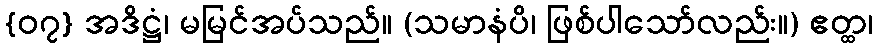
{၀၇} အဒိဋ္ဌံ၊ မမြင်အပ်သည်။ (သမာနံပိ၊ ဖြစ်ပါသော်လည်း။) ဧတ္ထ၊